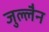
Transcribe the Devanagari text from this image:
जुल्लैन